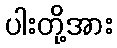
ပါးတို့အား